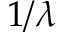
1 / \lambda